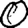
Digit: 0